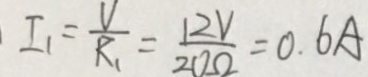
I _ { 1 } = \frac { V } { R _ { 1 } } = \frac { 1 2 V } { 2 0 \Omega } = 0 . 6 A